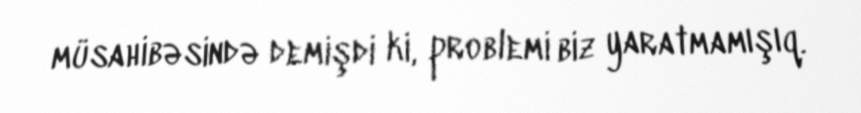
müsahibəsində demişdi ki, problemi biz yaratmamışıq.